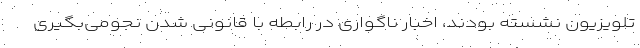
تلویزیون نشسته بودند، اخبار ناگواری در رابطه با قانونی شدن نجومی‌بگیری